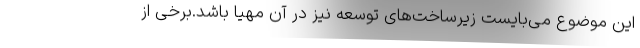
این موضوع می‌بایست زیرساخت‌های توسعه نیز در آن مهیا باشد.برخی از